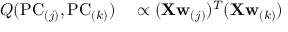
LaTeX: \begin{array} { r l } { Q ( \mathrm { P C } _ { ( j ) } , \mathrm { P C } _ { ( k ) } ) } & { { } \propto ( \mathbf { X } \mathbf { w } _ { ( j ) } ) ^ { T } ( \mathbf { X } \mathbf { w } _ { ( k ) } ) } \end{array}